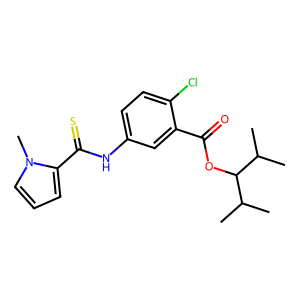
SMILES: CC(C)C(OC(=O)c1cc(NC(=S)c2cccn2C)ccc1Cl)C(C)C
Inhibits HIV replication: Yes